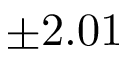
\pm 2 . 0 1